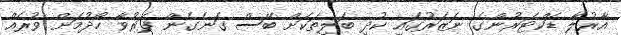
އާރުލާ ޑަކްޓަރުންގެ ނަޒަރުގައި ކުދި ބަލިތަކަށް ބޭސް ގަނެގެން ފަރުވާ ހޯދުމަށް ވުރެއް